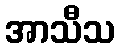
အာသီသ